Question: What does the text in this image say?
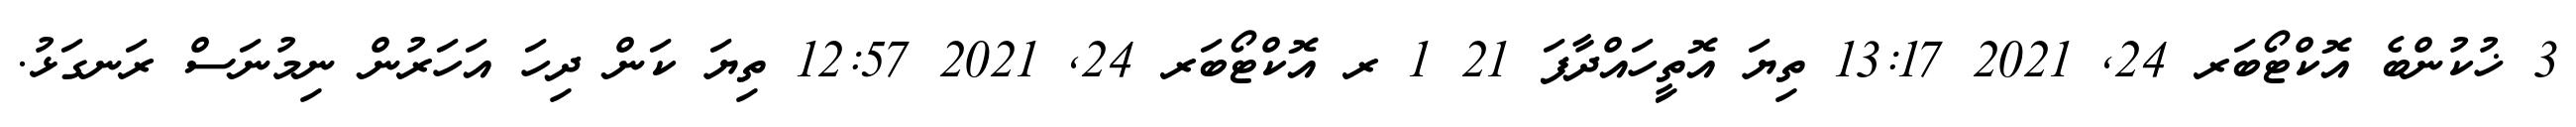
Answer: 3 ޚުކުންބެ އޮކްޓޯބަރ 24, 2021 13:17 ތިޔަ އޮތީިހައްދާފަ 21 1 ރ އޮކްޓޯބަރ 24, 2021 12:57 ތިޔަ ކަން ދިހަ އަހަރުން ނިމުނަސް ރަނގަޅު.